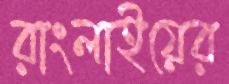
রাংলাইয়ের